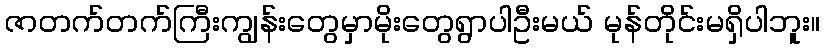
ဇာတက်တက်ကြီးကျွန်းတွေမှာမိုးတွေရွာပါဦးမယ် မုန်တိုင်းမရှိပါဘူး။